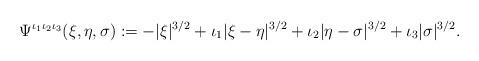
LaTeX: \begin{align*}\Psi^{\iota_1\iota_2\iota_3}(\xi,\eta,\sigma) := -|\xi|^{3/2}+\iota_1|\xi-\eta|^{3/2}+\iota_2|\eta-\sigma|^{3/2}+\iota_3|\sigma|^{3/2}.\end{align*}